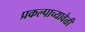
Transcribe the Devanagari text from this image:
प्रकल्पाच्यावेळी